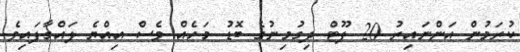
ކުރަމުން އަންނައިރު 20 ފޫޓް ދިގުމިނުގެ ބޮޑު މަހެއް ވެސް އިއްޔެ ލައްގާފައިވެ